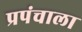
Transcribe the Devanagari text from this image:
प्रपंचाला